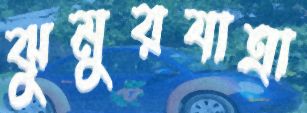
ঝুমুরযাত্রা